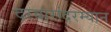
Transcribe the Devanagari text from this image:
दरबारांदरम्यान